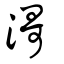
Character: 滒